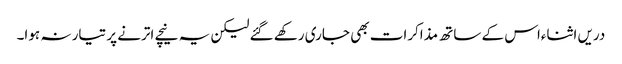
دریں اثناءاس کے ساتھ مذاکرات بھی جاری رکھے گئے لیکن یہ نیچے اترنے پر تیار نہ ہوا۔